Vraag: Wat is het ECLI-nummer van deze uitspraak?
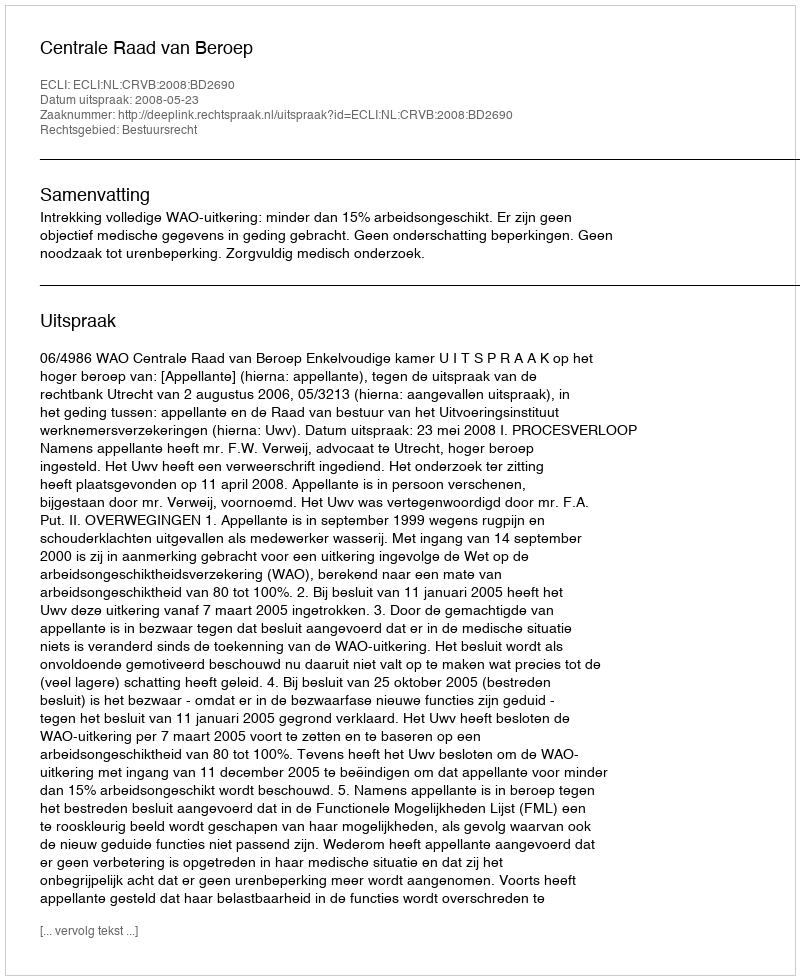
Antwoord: ECLI:NL:CRVB:2008:BD2690